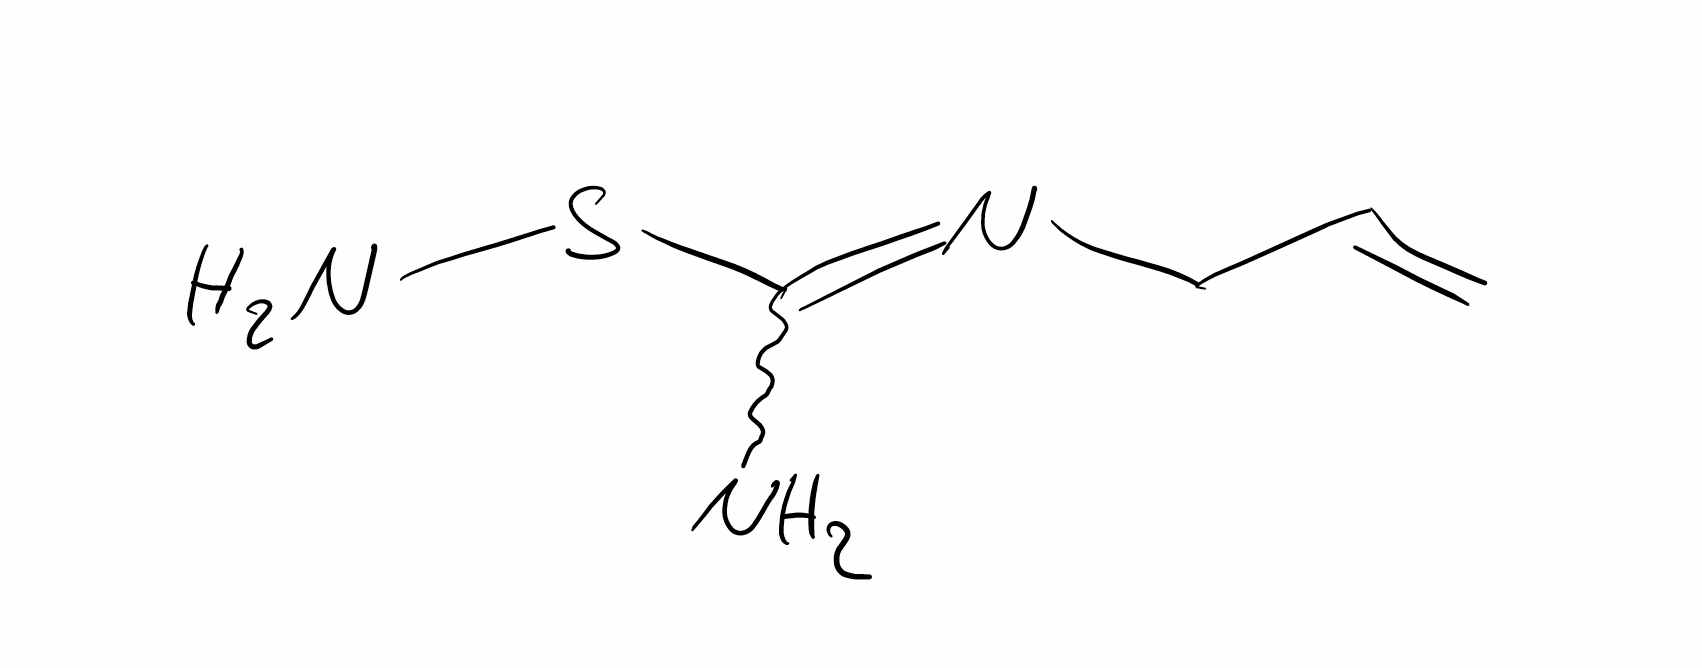
Simplified molecular-input line-entry system (SMILES) notation of the given molecule:
C=CCN=C(N)SN